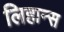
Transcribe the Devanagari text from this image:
लिहान्स